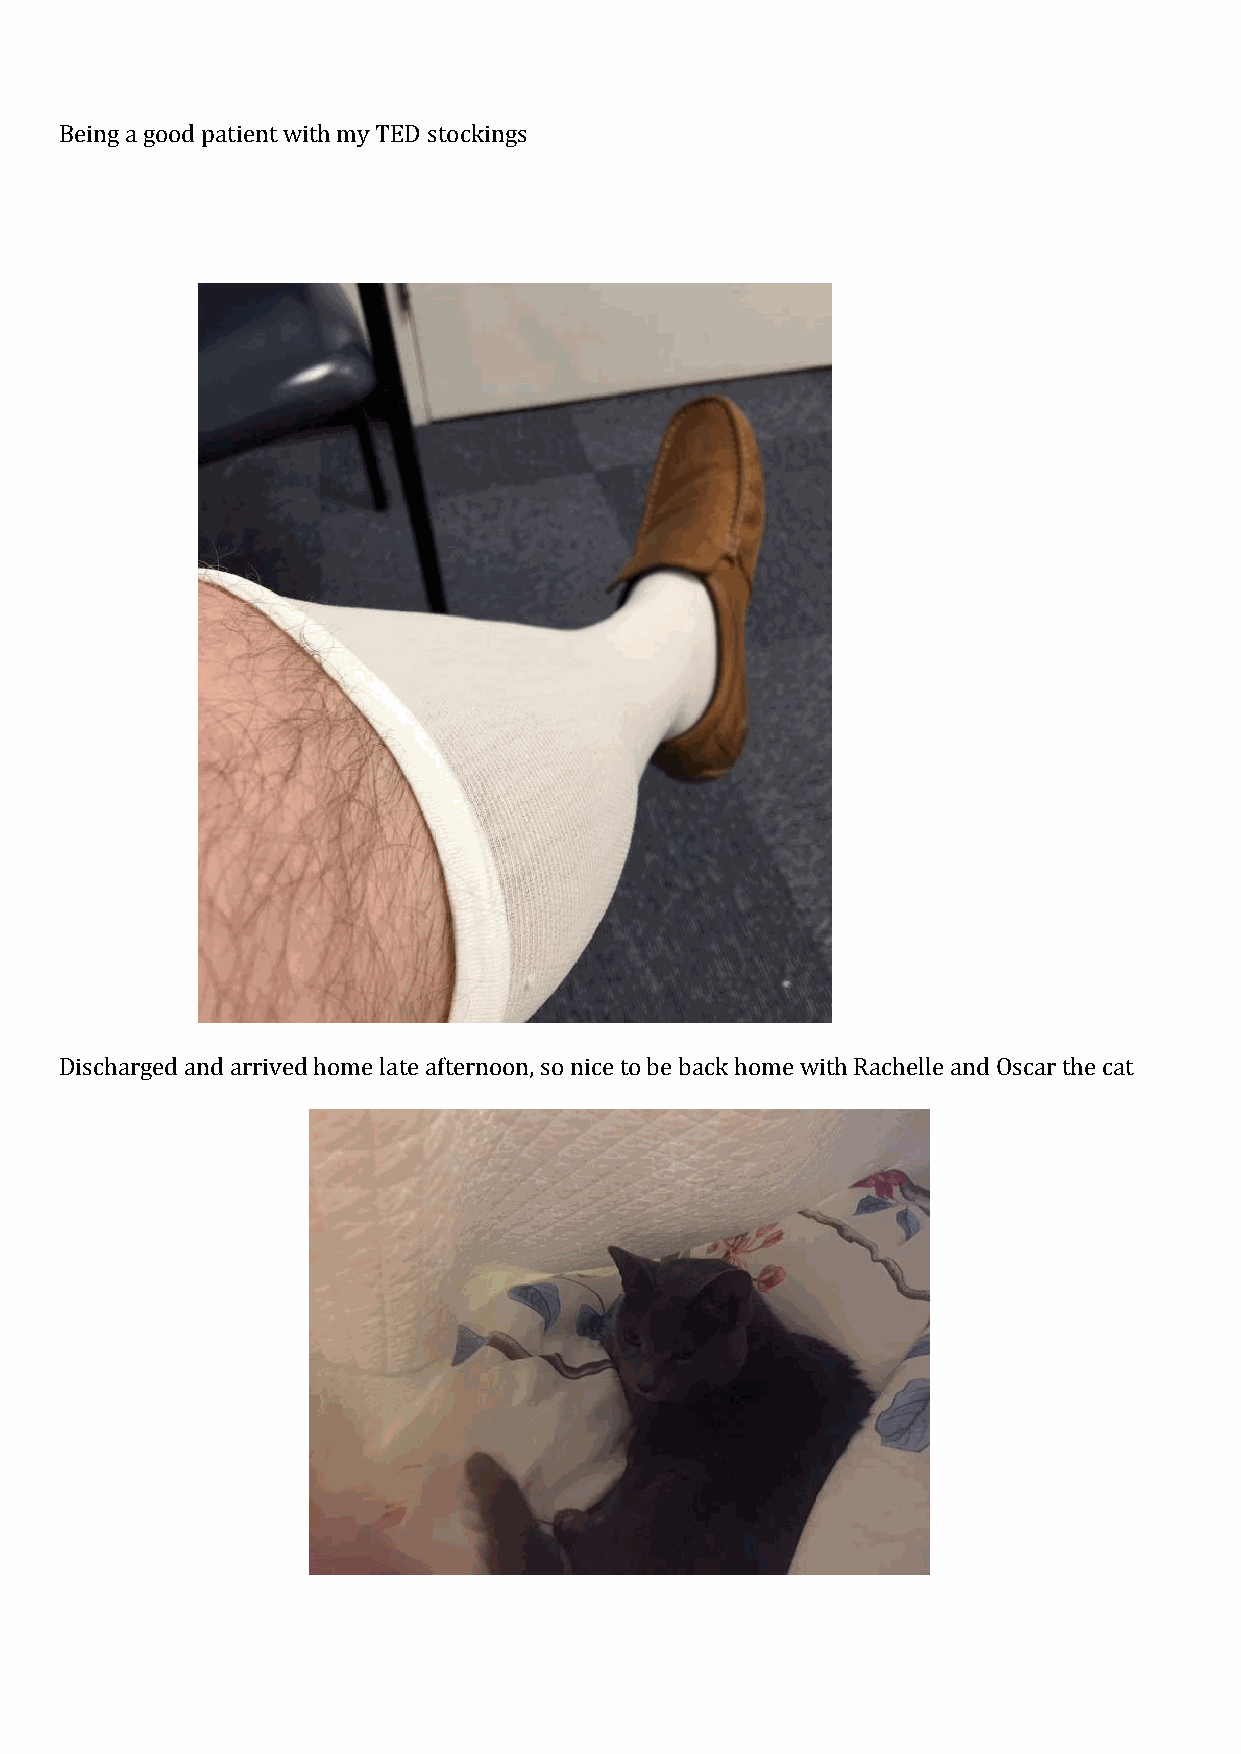
Being a good patient with my TED stockings
 Discharged and arrived home late afternoon, so nice to be back home with Rachelle and Oscar the cat